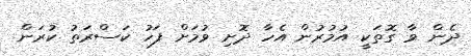
ދެން ވާ ގޮތަކީ އުމުރުން އެހާ ދޮށި ވުމަށް ފަހު ކަސްރަތު ކުރަން